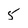
Character: 5